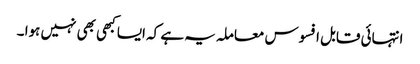
انتہائی قابل افسوس معاملہ یہ ہے کہ ایسا کبھی بھی نہیں ہوا ۔